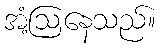
အံ့ဩနေသည်။